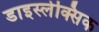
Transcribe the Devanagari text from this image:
डाइस्लेक्सिक